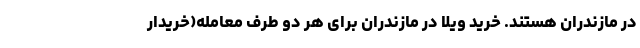
در مازندران هستند. خرید ویلا در مازندران برای هر دو طرف معامله(خریدار